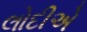
લોદીએ